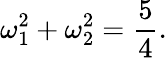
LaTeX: \omega_{1}^{2}+\omega_{2}^{2}=\frac{5}{4}.